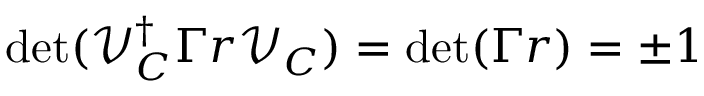
\operatorname* { d e t } ( \mathcal { V } _ { C } ^ { \dagger } \Gamma r \mathcal { V } _ { C } ) = \operatorname* { d e t } ( \Gamma r ) = \pm 1